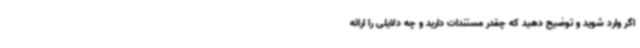
اگر وارد شوید و توضیح دهید که چقدر مستندات دارید و چه دلایلی را ارائه